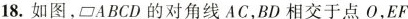
18.如图，ABCD的对角线AC，BD相交于点O，EF